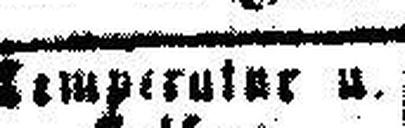
Temperatur u.